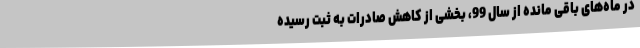
در ماه‌های باقی مانده از سال 99، بخشی از کاهش صادرات به ثبت رسیده